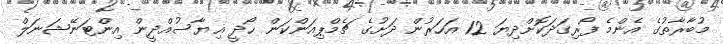
މުބާރާތުގެ އެންމެ ފޯރިގަދަކޮށްދިޔަ 12 އަހަރުން ދަށުގެ ޗެމްޕިއަންކަން ހޯދީ ޣިޔާސުއްދީން އިންޓަނޭޝަނަލް